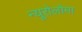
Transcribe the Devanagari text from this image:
न्यूरोलोमा